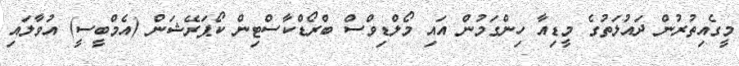
މީގެއިތުރުން ދައުލަތުގެ މީޑިއާ ހިންގަމުން އައި މޯލްޑިވްސް ބްރޯޑްކާސްޓިން ކޯޕަރޭޝަން (އެމްބީސީ) އުވާލައި